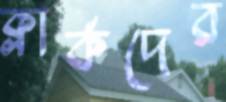
ক্লার্কদের